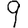
Digit: 9